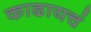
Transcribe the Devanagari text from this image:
काढायचं